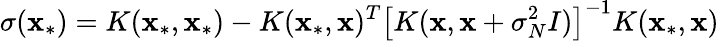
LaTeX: \sigma({\mathbf x_{*}})=K({\mathbf x_{*}},{\mathbf x_{*}})-K({\mathbf x_{*}},{\mathbf x})^{T}\left[K({\mathbf x},{\mathbf x}+\sigma_{N}^{2}I)\right]^{-1}K({\mathbf x_{*}},{\mathbf x})